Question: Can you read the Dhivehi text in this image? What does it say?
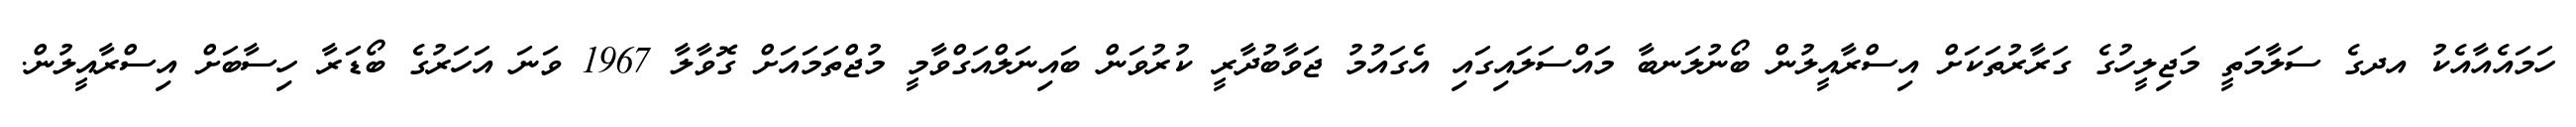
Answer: ހަމައެއާއެކު އދގެ ސަލާމަތީ މަޖިލީހުގެ ގަރާރުތަކަށް އިސްރާއީލުން ބޯނުލަނބާ މައްސަލައިގައި އެގައުމު ޖަވާބުދާރީ ކުރުވަން ބައިނަލްއަގްވާމީ މުޖްތަމައަށް ގޮވާލާ 1967 ވަނަ އަހަރުގެ ބޯޑަރާ ހިސާބަށް އިސްރާއީލުން.